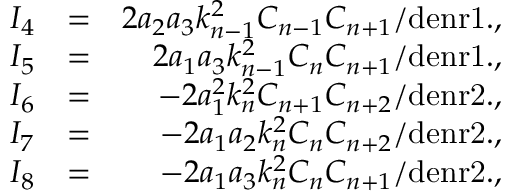
\begin{array} { r l r } { I _ { 4 } } & { = } & { 2 a _ { 2 } a _ { 3 } k _ { n - 1 } ^ { 2 } C _ { n - 1 } C _ { n + 1 } / \mathrm { d e n r 1 . } , } \\ { I _ { 5 } } & { = } & { 2 a _ { 1 } a _ { 3 } k _ { n - 1 } ^ { 2 } C _ { n } C _ { n + 1 } / \mathrm { d e n r 1 . } , } \\ { I _ { 6 } } & { = } & { - 2 a _ { 1 } ^ { 2 } k _ { n } ^ { 2 } C _ { n + 1 } C _ { n + 2 } / \mathrm { d e n r 2 . } , } \\ { I _ { 7 } } & { = } & { - 2 a _ { 1 } a _ { 2 } k _ { n } ^ { 2 } C _ { n } C _ { n + 2 } / \mathrm { d e n r 2 . } , } \\ { I _ { 8 } } & { = } & { - 2 a _ { 1 } a _ { 3 } k _ { n } ^ { 2 } C _ { n } C _ { n + 1 } / \mathrm { d e n r 2 . } , } \end{array}